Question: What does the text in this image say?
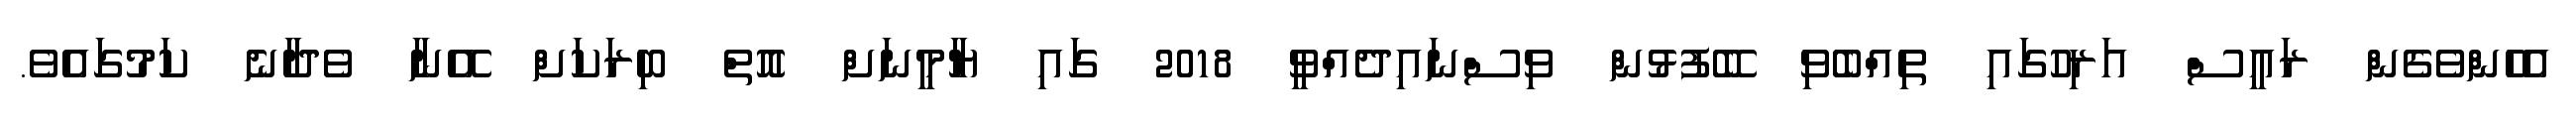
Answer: އެހެންވެގެން ރައީސް އަރިހުގައި ތިއްބެވި ބޭފުޅުން ވިސްނައިދެއްވީ 2018 ގައި ޔާމީނަށް އޮތް ބިރަކަށް އޭނާ ވެދާނެ ކަމުގައެވެ.